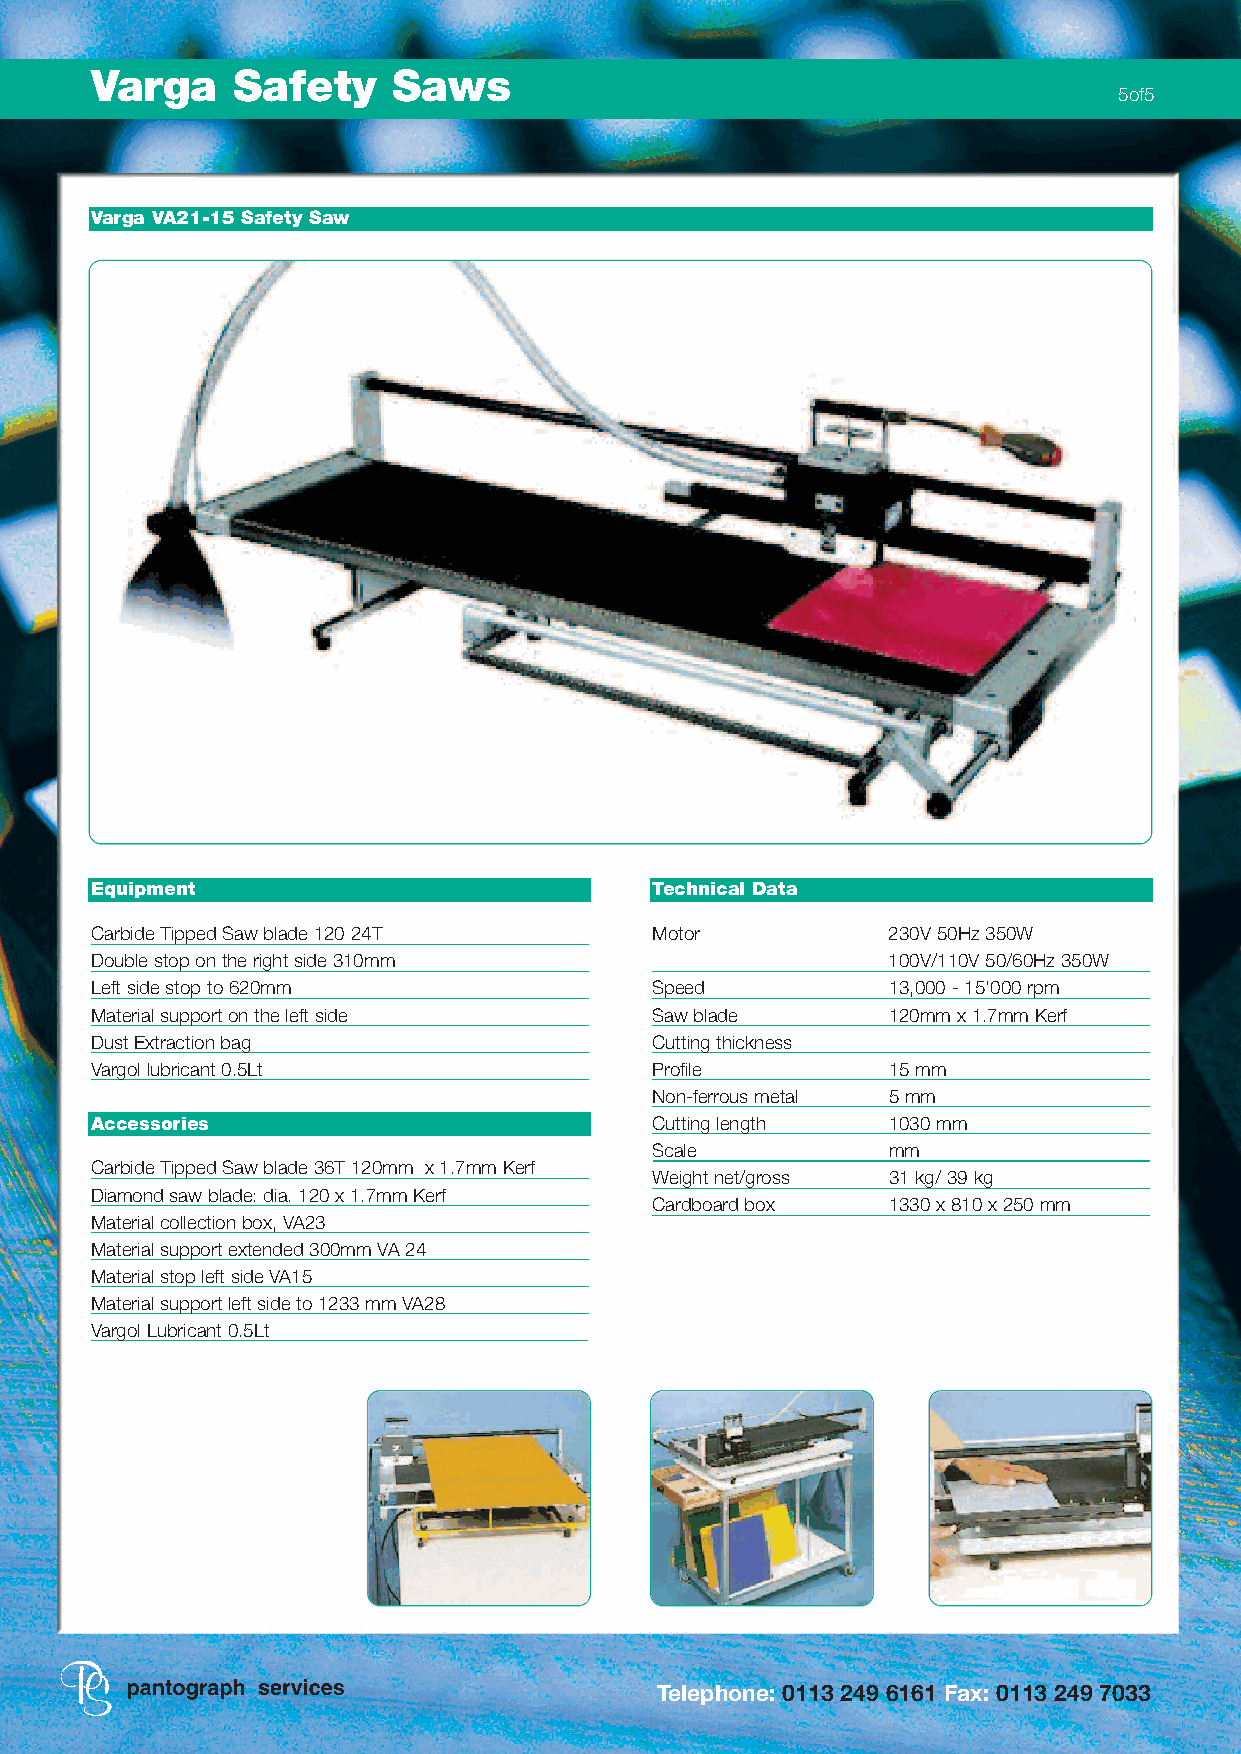
Varga    Safety     Saws
 5of5
 Varga VA21-15 Safety Saw
 Equipment                            Technical Data
 Carbide Tipped Saw blade 120 24T     Motor           230V 50Hz 350W
 Double stop on the right side 310mm                  100V/110V 50/60Hz 350W
 Left side stop to 620mm              Speed           13,000 - 15'000 rpm
 Material support on the left side    Saw blade       120mm x 1.7mm Kerf
 Dust Extraction bag                  Cutting thickness
 Vargol lubricant 0.5Lt               Profile         15 mm
 Non-ferrous metal 5 mm
 Accessories                          Cutting length  1030 mm
 Scale           mm
 Carbide Tipped Saw blade 36T 120mm x 1.7mm Kerf
 Weight net/gross 31 kg/ 39 kg
 Diamond saw blade: dia. 120 x 1.7mm Kerf
 Cardboard box   1330 x 810 x 250 mm
 Material collection box, VA23
 Material support extended 300mm VA 24
 Material stop left side VA15
 Material support left side to 1233 mm VA28
 Vargol Lubricant 0.5Lt
 Telephone: 0113 249 6161 Fax: 0113 249 7033